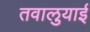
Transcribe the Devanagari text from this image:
तवालुयाई